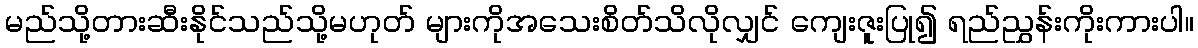
မည်သို့တားဆီးနိုင်သည်သို့မဟုတ် များကိုအသေးစိတ်သိလိုလျှင် ကျေးဇူးပြု၍ ရည်ညွှန်းကိုးကားပါ။